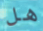
هل